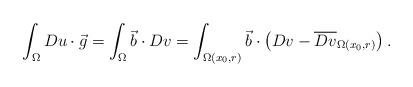
LaTeX: \begin{align*} \int_{\Omega} Du \cdot \vec g = \int_{\Omega} \vec b \cdot Dv = \int_{\Omega(x_0 ,r)} \vec b \cdot \left(Dv-\overline{Dv}_{\Omega(x_0 ,r)} \right).\end{align*}